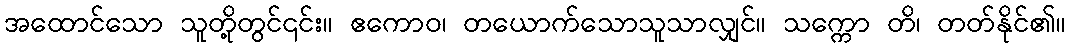
အထောင်သော သူတို့တွင်၎င်း။ ဧကောဝ၊ တယောက်သောသူသာလျှင်။ သက္ကော တိ၊ တတ်နိုင်၏။